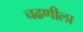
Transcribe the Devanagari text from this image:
चढणीला